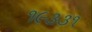
૧૯૩૩૧